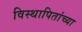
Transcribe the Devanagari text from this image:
विस्थापितांच्या